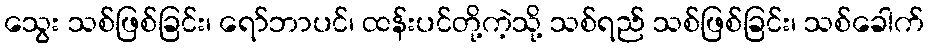
သွေး သစ်ဖြစ်ခြင်း၊ ရော်ဘာပင်၊ ထန်းပင်တို့ကဲ့သို့ သစ်ရည် သစ်ဖြစ်ခြင်း၊ သစ်ခေါက်